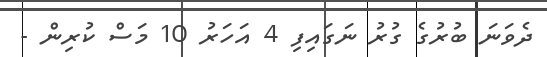
ދެވަނަ ބުރުގެ ގުރު ނަގައިފި 4 އަހަރު 10 މަސް ކުރިން -